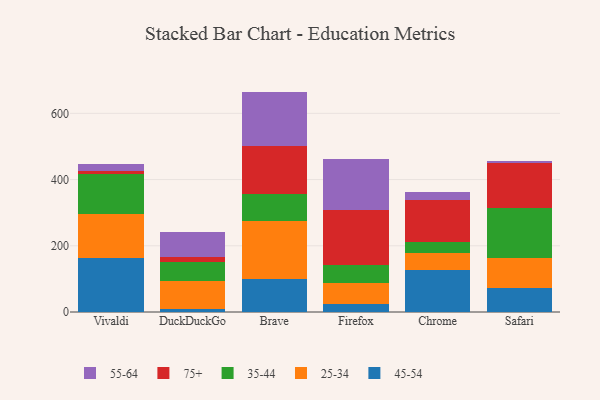
{"axis": {"x": "Browser", "y": "Churn Rate (%)"}, "legend": ["25-34", "35-44", "45-54", "55-64", "75+"], "data": [{"x": "Vivaldi", "y": 161.7, "type": "45-54"}, {"x": "Vivaldi", "y": 134.9, "type": "25-34"}, {"x": "Vivaldi", "y": 119.8, "type": "35-44"}, {"x": "Vivaldi", "y": 10.9, "type": "75+"}, {"x": "Vivaldi", "y": 18.8, "type": "55-64"}, {"x": "DuckDuckGo", "y": 7.8, "type": "45-54"}, {"x": "DuckDuckGo", "y": 85.8, "type": "25-34"}, {"x": "DuckDuckGo", "y": 58.7, "type": "35-44"}, {"x": "DuckDuckGo", "y": 13.3, "type": "75+"}, {"x": "DuckDuckGo", "y": 75.1, "type": "55-64"}, {"x": "Brave", "y": 99.5, "type": "45-54"}, {"x": "Brave", "y": 175.1, "type": "25-34"}, {"x": "Brave", "y": 82.8, "type": "35-44"}, {"x": "Brave", "y": 144.5, "type": "75+"}, {"x": "Brave", "y": 163.8, "type": "55-64"}, {"x": "Firefox", "y": 23.5, "type": "45-54"}, {"x": "Firefox", "y": 65.1, "type": "25-34"}, {"x": "Firefox", "y": 54.2, "type": "35-44"}, {"x": "Firefox", "y": 164.5, "type": "75+"}, {"x": "Firefox", "y": 154.3, "type": "55-64"}, {"x": "Chrome", "y": 126.8, "type": "45-54"}, {"x": "Chrome", "y": 50.3, "type": "25-34"}, {"x": "Chrome", "y": 35.7, "type": "35-44"}, {"x": "Chrome", "y": 126.3, "type": "75+"}, {"x": "Chrome", "y": 24.2, "type": "55-64"}, {"x": "Safari", "y": 73.6, "type": "45-54"}, {"x": "Safari", "y": 88.1, "type": "25-34"}, {"x": "Safari", "y": 151.9, "type": "35-44"}, {"x": "Safari", "y": 135.5, "type": "75+"}, {"x": "Safari", "y": 8.1, "type": "55-64"}]}